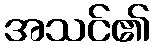
အသင်၏